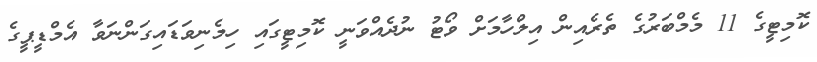
ކޮމިޓީގެ 11 މެމްބަރުގެ ތެރެއިން އިލްހާމަށް ވޯޓު ނުދެއްވަނީ ކޮމިޓީގައި ހިމެނިވަޑައިގަންނަވާ އެމްޑީޕީގެ